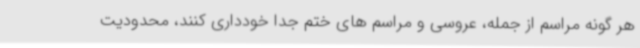
هر گونه مراسم از جمله، عروسی و مراسم های ختم جدا خودداری کنند، محدودیت